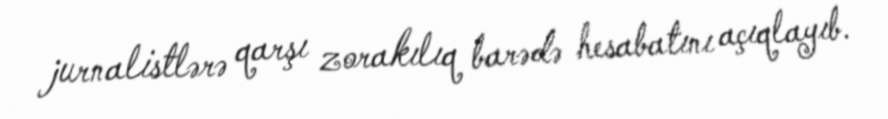
jurnalistlərə qarşı zorakılıq barədə hesabatını açıqlayıb.